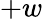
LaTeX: +w